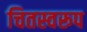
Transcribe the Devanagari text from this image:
चितस्वरूप